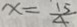
x = \frac { 1 5 } { 4 }